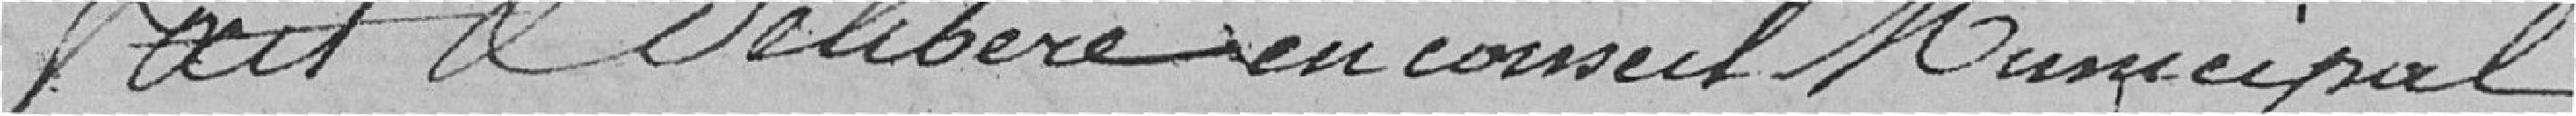
fait & Délibéré en conseil Municipal